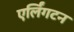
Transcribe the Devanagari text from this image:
एर्लिंगटन